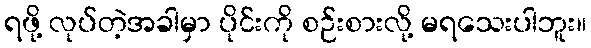
ရဖို့ လုပ်တဲ့အခါမှာ ပိုင်းကို စဉ်းစားလို့ မရသေးပါဘူး။